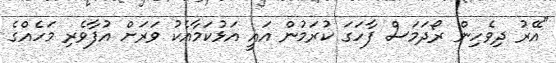
"އޭރު ދިވެހިން ރޯދަމަސް ފާހަގަ ކުރަމުން އައީ އަޅުކަމާއެކު ވަރަށް އުފާވެރި މަހެއްގެ